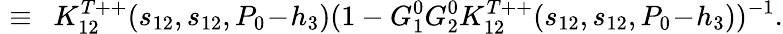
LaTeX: \, \, \equiv\, \, \, K_{12}^{T++}(s_{12},s_{12},P_{0}\! -\! h_{3})(1-G_{1}^{0}G_{2}^{0}K_{12}^{T++}(s_{12},s_{12},P_{0}\! -\! h_{3}))^{-1}.